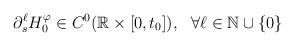
LaTeX: \begin{align*}\partial_s^\ell H_0^\varphi\in C^0 (\mathbb R\times[0,t_0]), ~~ \forall \ell\in\mathbb N\cup\{0\}\end{align*}